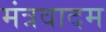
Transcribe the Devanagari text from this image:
मंत्रवादम